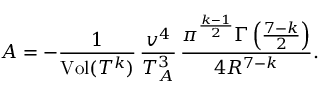
A = - \frac { 1 } { \mathrm { V o l } ( T ^ { k } ) } \, \frac { v ^ { 4 } } { T _ { A } ^ { 3 } } \, \frac { \pi ^ { \frac { k - 1 } { 2 } } \Gamma \left( \frac { 7 - k } { 2 } \right) } { 4 R ^ { 7 - k } } .